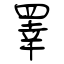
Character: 睪